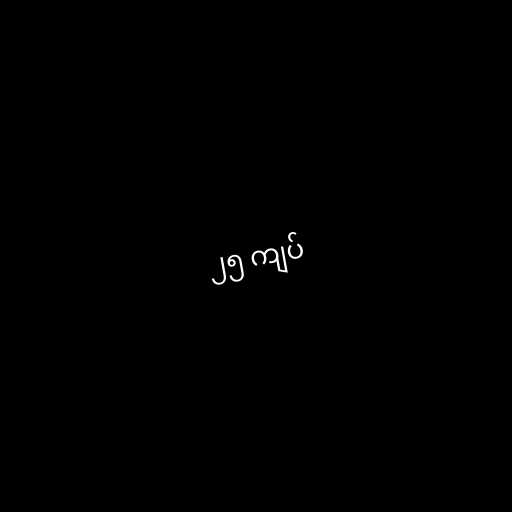
၂၅ ကျပ်